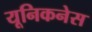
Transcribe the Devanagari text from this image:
यूनिकनेस